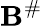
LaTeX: \mathbf{B}^{\# }